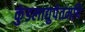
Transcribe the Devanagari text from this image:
कुंडलाद्युपेतमपि